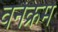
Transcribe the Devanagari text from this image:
वर्नक्रम